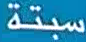
سبتة